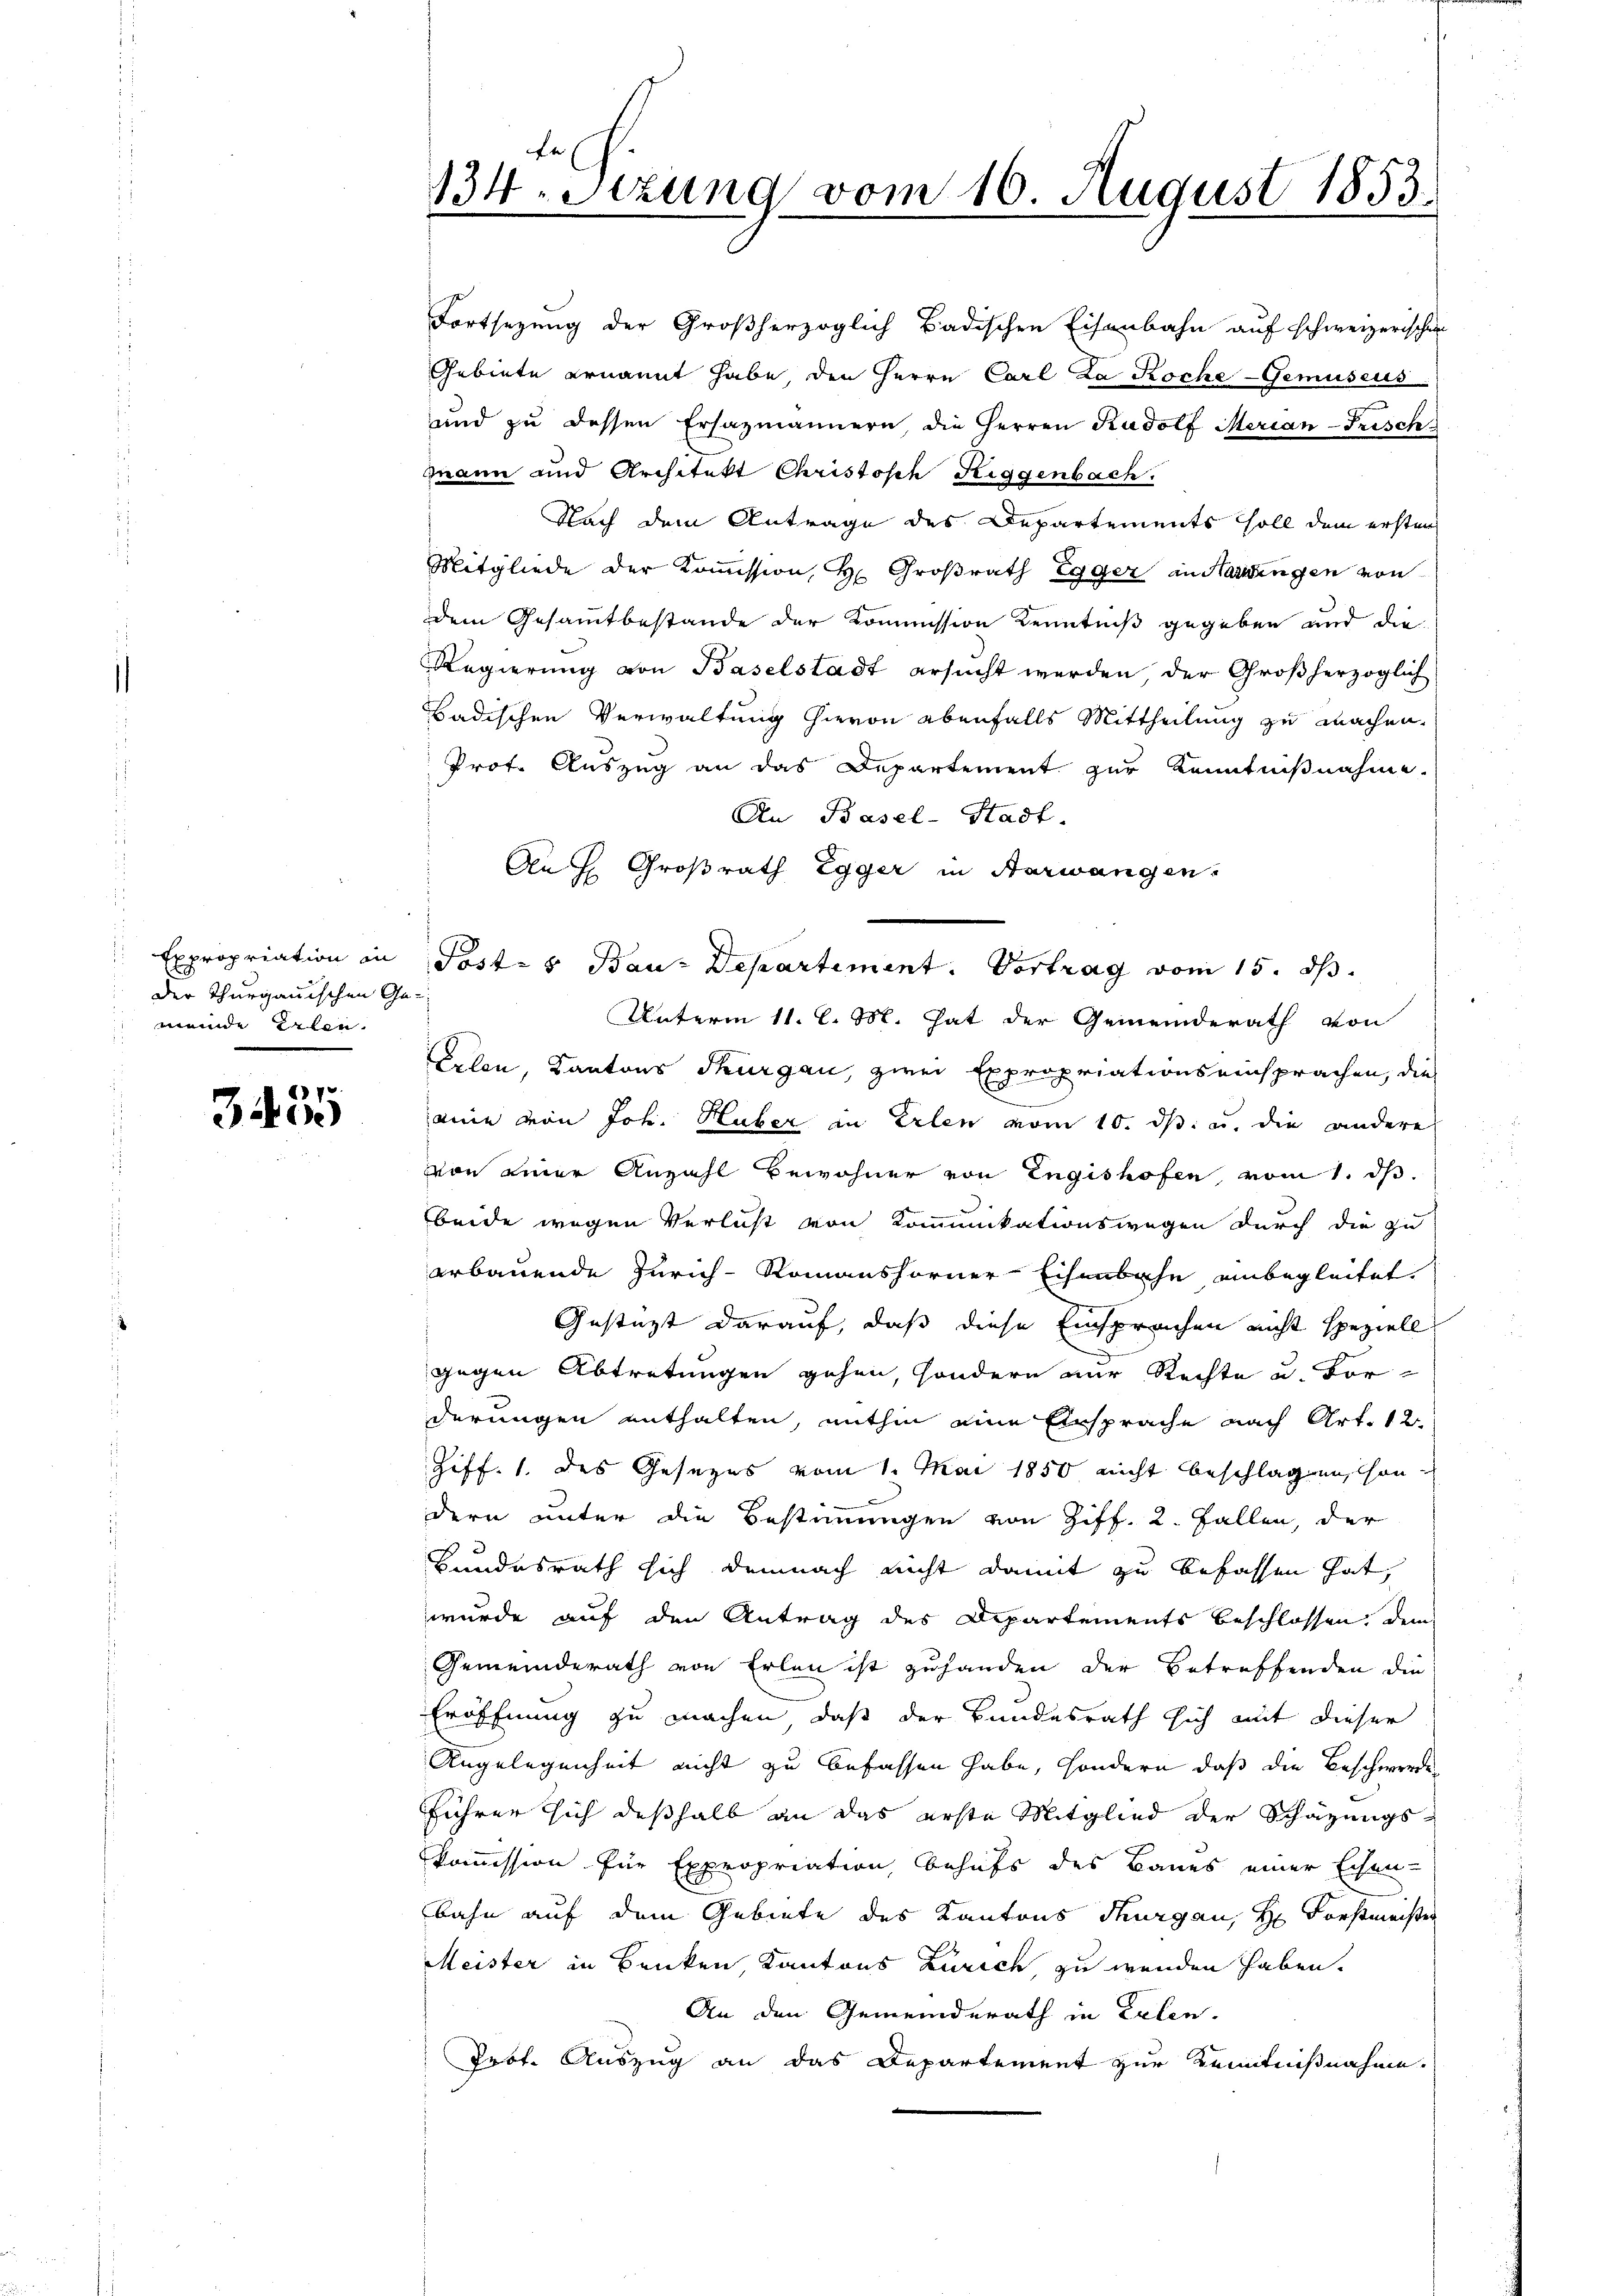
Expropriation in
der Thurgauischen Gemunde Erlen.

7
3400

Fortsezung der Großherzoglich Badischen Eisenbahn auf schweizerischen
Gebiete ernannt habe den Herrn Carl Za Koche Gemüseus
und zŭ dessen Ersazmännern, die Herren Rudolf Merian-Frisch
Mann und Architekt Christisch Riggenbach.
Nach dem Antrage des Departements soll dem ersten
Mitgliede der Kommission, H. Großrath Egger in Haringen von
dem Gesammtbestande der Kommission Kenntniß gegeben und die
Regierung von Baselstadt ersucht werden der Großherzoglich
Badischen Verwaltung hievon ebenfalls Mittheilung zu machen.
Prot. Auszug an das Departement zur Kenntnißnahme.
An Basel-Stadt.
An H. Großrath Egger in Aarwangen.
Post- & Bau-Departiment. Vortrag vom 15. ds.
Unterm 11. l. M. hat der Gemeinderath von
Erlen, Kantons Thurgau, zwei Expropriationseinsprachen, die
aine von Joh. Huber in Erlen vom 10. ds. u. die andere
von einer Anzahl bewohner von Engishofen, vom 1. d.
beide wegen Verlust von Kommunikationswegen durch die zu
erbauende Zürich-Romanshorner-Eisenbache unbegleitet.
Gestatt darauf, daß diese Einsprachen nicht speziell
gegen Abtretungen gehen, sondern nur Rechte u. vor-
derungen enthalten, mithin eine Einsprache nach Art. 12
Ziff. 1. des Gesezes vom 1. Mai 1850 nicht beschlagen, sondern unter die Bestimmigen von Ziff. 2. Fallen, der
Bundesrath sich demnach nicht damit zu befassen hat,
wurde auf den Antrag des Departements beschlossen, dem
Gemeinderath von Erlen ist zuhanden der Betreffenden die
Eröffnung zu machen, daß der Bundesrath sich mit dieser
Angelegenheit nicht zu befassen habe, sondern daß die Beschwerde
führer sich deßhalb an das erste Mitglied der Schätzungskommission für Expropriation behufs des Baues einer Eisen-
bahn auf dem Gebiete des Kantons Thurgau, Hr. Forstmeister
Meister in Benken, Kantons Zürich, zu wenden haben.
An den Gemeinderath in Leben.
Prbt. Auszug an das Departement zur Kenntnißnahme.

134. Sitzung vom 16. August 1853.